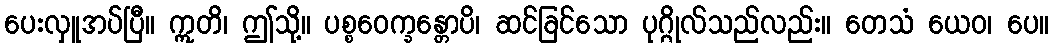
ပေးလှူအပ်ပြီ။ ဣတိ၊ ဤသို့။ ပစ္စဝေက္ခန္တောပိ၊ ဆင်ခြင်သော ပုဂ္ဂိုလ်သည်လည်း။ တေသံ ယေဝ၊ ပေ။